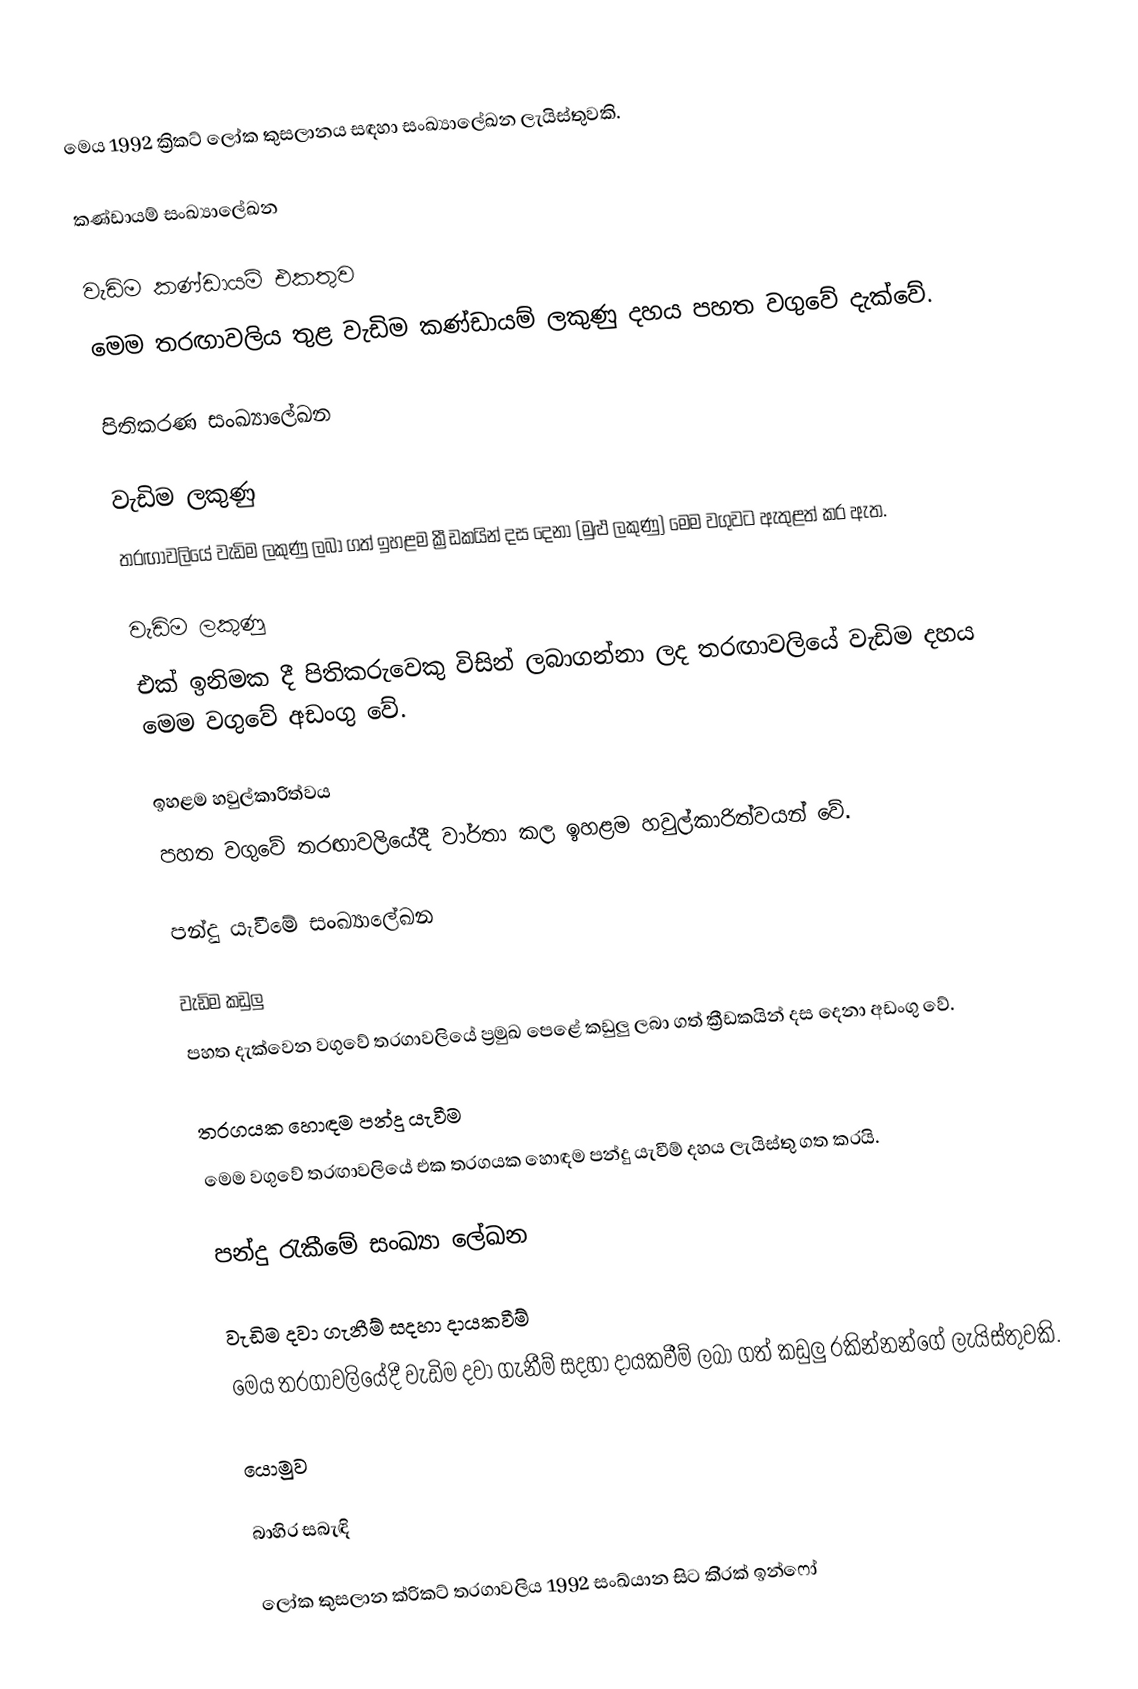
මෙය 1992 ක්‍රිකට් ලෝක කුසලානය සඳහා සංඛ්‍යාලේඛන ලැයිස්තුවකි.

කණ්ඩායම් සංඛ්‍යාලේඛන

වැඩිම කණ්ඩායම් එකතුව
මෙම තරඟාවලිය තුළ වැඩිම කණ්ඩායම් ලකුණු දහය පහත වගුවේ දැක්වේ.

පිතිකරණ සංඛ්‍යාලේඛන

වැඩිම ලකුණු
තරඟාවලියේ වැඩිම ලකුණු ලබා ගත් ඉහළම ක්‍රීඩකයින් දස දෙනා (මුළු ලකුණු) මෙම වගුවට ඇතුළත් කර ඇත.

වැඩිම ලකුණු
එක් ඉනිමක දී පිතිකරුවෙකු විසින් ලබාගන්නා ලද තරඟාවලියේ වැඩිම  දහය මෙම වගුවේ අඩංගු වේ.

ඉහළම හවුල්කාරිත්වය
පහත වගුවේ තරඟාවලියේදී වාර්තා කල ඉහළම හවුල්කාරිත්වයන් වේ.

පන්දු යැවීමේ සංඛ්‍යාලේඛන

වැඩිම කඩුලු
පහත දැක්වෙන වගුවේ තරගාවලියේ ප්‍රමුඛ පෙළේ කඩුලු ලබා ගත් ක්‍රීඩකයින් දස දෙනා අඩංගු වේ.

තරගයක හොඳම පන්දු යැවීම
මෙම වගුවේ තරඟාවලියේ එක තරගයක හොඳම පන්දු යැවීම් දහය  ලැයිස්තු ගත කරයි.

පන්දු රැකීමේ සංඛ්‍යා ලේඛන

වැඩිම දවා ගැනීම් සදහා දායකවීම්
මෙය තරගාවලියේදී වැඩිම දවා ගැනීම් සදහා දායකවීම් ලබා ගත් කඩුලු රකින්නන්ගේ ලැයිස්තුවකි.

යොමුව

බාහිර සබැඳි

 ලෝක කුසලාන ක්රිකට් තරගාවලිය 1992 සංඛ්යාන සිට කි්රක් ඉන්ෆෝ